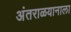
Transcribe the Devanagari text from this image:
अंतराळयानाला